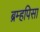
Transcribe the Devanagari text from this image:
ब्रम्हपिसा